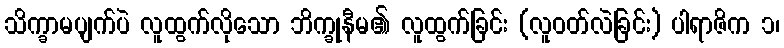
သိက္ခာမပျက်ပဲ လူထွက်လိုသော ဘိက္ခုနီမ၏ လူထွက်ခြင်း (လူဝတ်လဲခြင်း) ပါရာဇိက ၁၊